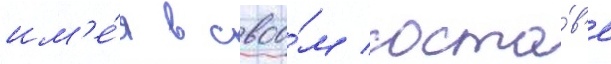
им'е́я в своо́м соста́в'е